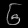
Digit: ၆